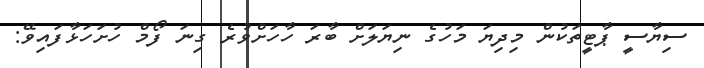
ސިޔާސީ ޕާޓީތަކުން މިދިޔަ މަހުގެ ނިޔަލަށް ބާރަ ހާހަށްވުރެ ގިނަ ފޯމް ހުށަހަޅާފައިވޭ: